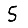
Digit: 5